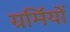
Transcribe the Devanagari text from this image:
ग्रर्मियों